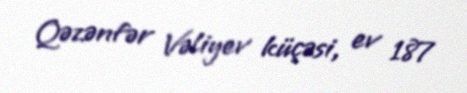
Qəzənfər Vəliyev küçəsi, ev 187